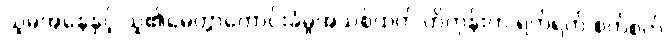
သူမအနေနှင့် သူ၏မေတ္တာတောင်းခံမှုအသစ်ထက် ဟိုတုန်းက ရက်ရက် စက်စက်